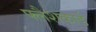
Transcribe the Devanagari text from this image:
फ्लैशकार्ड